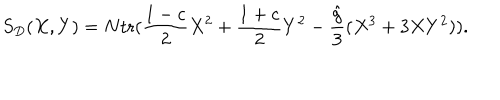
S _ { D } ( X , Y ) = N \mathrm { t r } ( { \frac { 1 - c } { 2 } } X ^ { 2 } + { \frac { 1 + c } { 2 } } Y ^ { 2 } - { \frac { \hat { g } } { 3 } } ( X ^ { 3 } + 3 X Y ^ { 2 } ) ) .